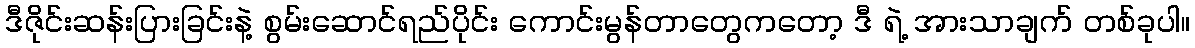
ဒီဇိုင်းဆန်းပြားခြင်းနဲ့ စွမ်းဆောင်ရည်ပိုင်း ကောင်းမွန်တာတွေကတော့ ဒီ ရဲ့ အားသာချက် တစ်ခုပါ။